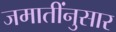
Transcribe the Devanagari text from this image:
जमातींनुसार